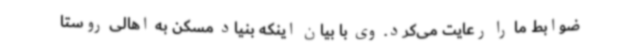
ضوابط ما را رعایت می‌کرد. وی با بیان اینکه بنیاد مسکن به اهالی روستا